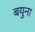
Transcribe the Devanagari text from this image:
बयुना